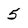
Character: 5